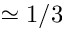
\simeq 1 / 3